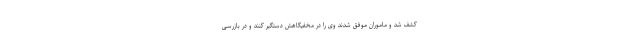
کشف شد و ماموران موفق شدند وی را در مخفیگاهش دستگیر کنند و در بازرسی